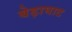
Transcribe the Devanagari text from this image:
बेड़ाघाट